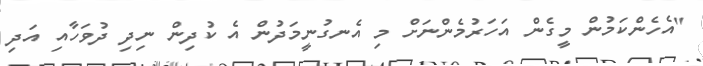
"އެހެންކަމުން މީގެން އަަހަރުމެންނަށް މި އެނގުނީމަދުން އެ ކުދިން ނިދި ދުވަހާއި އަދި